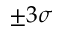
\pm 3 \sigma